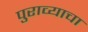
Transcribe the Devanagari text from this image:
पुराव्याचा